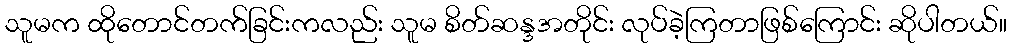
သူမက ထိုတောင်တက်ခြင်းကလည်း သူမ စိတ်ဆန္ဒအတိုင်း လုပ်ခဲ့ကြတာဖြစ်ကြောင်း ဆိုပါတယ်။